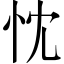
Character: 忱